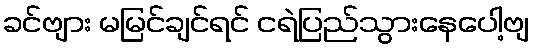
ခင်ဗျား မမြင်ချင်ရင် ငရဲပြည်သွားနေပေါ့ဗျ